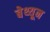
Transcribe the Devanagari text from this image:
बेथ्यून